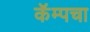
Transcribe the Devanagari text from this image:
कॅम्पचा